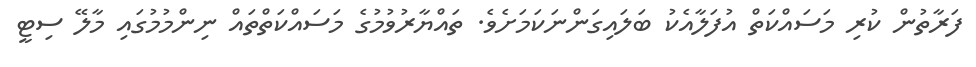
ފަރާތުން ކުރި މަސައްކަތް އުފަލާއެކު ބަލައިގަންނަކަމަށެވެ. ތައްޔާރުވުމުގެ މަސައްކަތްތައް ނިންމުމުގައި މާލޭ ސިޓީ